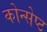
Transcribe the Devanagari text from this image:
कोन्सेप्ट